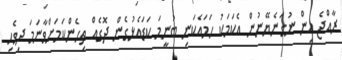
ރާއްޖެ އިން ނުގަނެޔޭނުން އެކަމަކު ހަމައެކަނި ބުނީމަ ކަޑައެޅުގެން ދޮގެއް ތިހެންކަމަށްވާނަމަ ދިވެހި